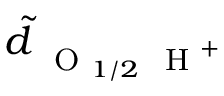
\tilde { d } _ { \mathrm { ~ \scriptsize ~ O ~ } _ { 1 / 2 } \mathrm { ~ \scriptsize ~ H ~ } ^ { + } }